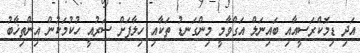
އަދި ޑިމޮކްރަސީއާއި ބައިނަލް އަގްވާމީ މިންގަނޑު ތަކާއި ހިލާފަށް ސަރުއީ ހުކުމަކުން އިންތިޚާބު